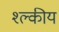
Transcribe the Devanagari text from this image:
श्ल्कीय